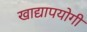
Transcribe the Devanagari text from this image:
खाद्यापयोगी